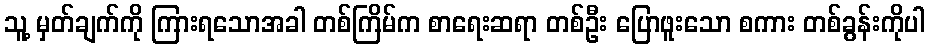
သူ့ မှတ်ချက်ကို ကြားရသောအခါ တစ်ကြိမ်က စာရေးဆရာ တစ်ဦး ပြောဖူးသော စကား တစ်ခွန်းကိုပါ